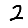
Digit: 2